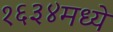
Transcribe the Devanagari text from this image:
१६३४मध्ये